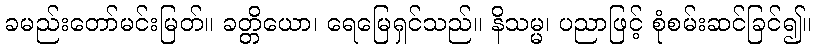
ခမည်းတော်မင်းမြတ်။ ခတ္တိယော၊ ရေမြေရှင်သည်။ နိသမ္မ၊ ပညာဖြင့် စုံစမ်းဆင်ခြင်၍။